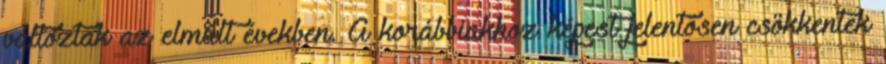
változtak az elmúlt években. A korábbiakhoz képest jelentősen csökkentek